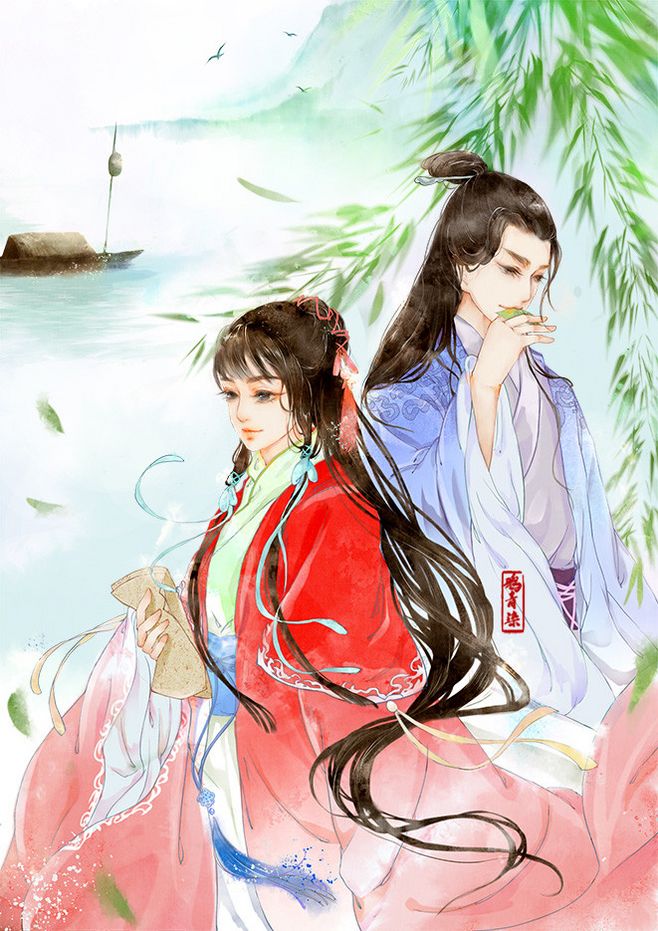
柔条纷冉冉，叶落何翩翩。